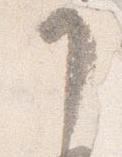
了